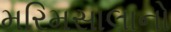
મરિમસાલાનો